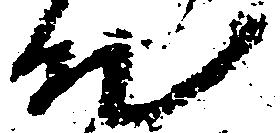
殿